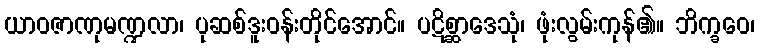
ယာဝဇာဏုမဏ္ဍလာ၊ ပုဆစ်ဒူးဝန်းတိုင်အောင်။ ပဋိစ္ဆာဒေသုံ၊ ဖုံးလွမ်းကုန်၏။ ဘိက္ခဝေ၊